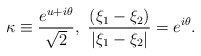
\begin{align*}\kappa \equiv \frac{e^{u + i \theta}}{\sqrt{2}}, \,\, \frac{(\xi_1- \xi_2)}{ | \xi_1 - \xi_2|}= e^{i \theta}. \end{align*}